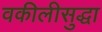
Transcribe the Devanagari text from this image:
वकीलीसुद्धा